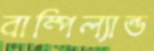
বাম্পিল্যান্ড